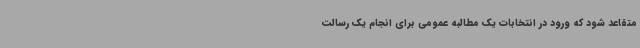
متقاعد شود که ورود در انتخابات یک مطالبه عمومی برای انجام یک رسالت